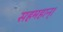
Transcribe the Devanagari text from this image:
सहमहान्।